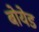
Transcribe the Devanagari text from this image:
बोयेड